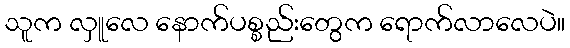
သူက လှူလေ နောက်ပစ္စည်းတွေက ရောက်လာလေပဲ။